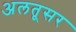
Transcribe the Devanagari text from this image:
अलतूसर